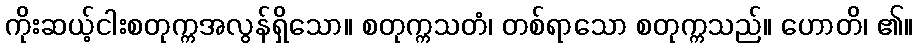
ကိုးဆယ့်ငါးစတုက္ကအလွန်ရှိသော။ စတုက္ကသတံ၊ တစ်ရာသော စတုက္ကသည်။ ဟောတိ၊ ၏။